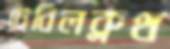
টেবিলক্লথ